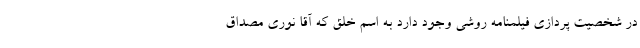
در شخصیت پردازی فیلمنامه روشی وجود دارد به اسم خلق که آقا نوری مصداق